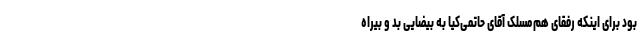
بود برای اینکه رفقای هم‌مسلک آقای حاتمی‌کیا به بیضایی بد و بیراه